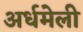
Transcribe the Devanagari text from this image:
अर्धमेली